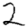
Digit: 2